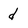
Character: d